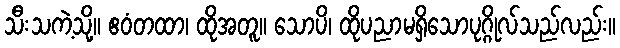
သီးသကဲ့သို့။ ဧဝံတထာ၊ ထိုအတူ။ သောပိ၊ ထိုပညာမရှိသောပုဂ္ဂိုလ်သည်လည်း။